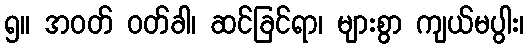
၅။ အဝတ် ဝတ်ခါ၊ ဆင်ခြင်ရာ၊ များစွာ ကျယ်မပွါး၊